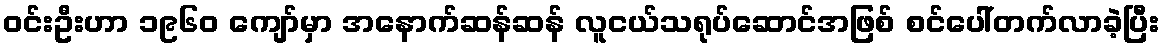
ဝင်းဦးဟာ ၁၉၆၀ ကျော်မှာ အနောက်ဆန်ဆန် လူငယ်သရုပ်ဆောင်အဖြစ် စင်ပေါ်တက်လာခဲ့ပြီး